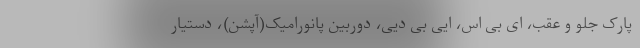
پارک جلو و عقب، ای بی اس، ایی بی دیی، دوربین پانورامیک(آپشن)، دستیار